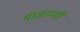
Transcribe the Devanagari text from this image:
माळायची